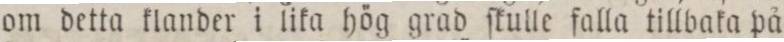
om detta klander i lika hög grad ſkulle falla tillbaka på